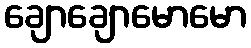
ချောချောမောမော